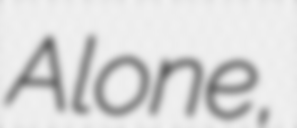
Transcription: Alone,